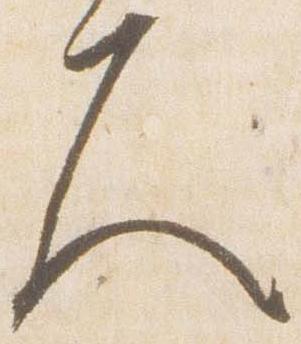
久